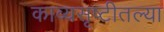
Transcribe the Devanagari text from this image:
काव्यसृष्टीतल्या